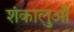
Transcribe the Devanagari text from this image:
शंकालुओं